Civil Veterinary Department Bihar & Orissa reports 1911-21 - 1911-1921
Year: 1911
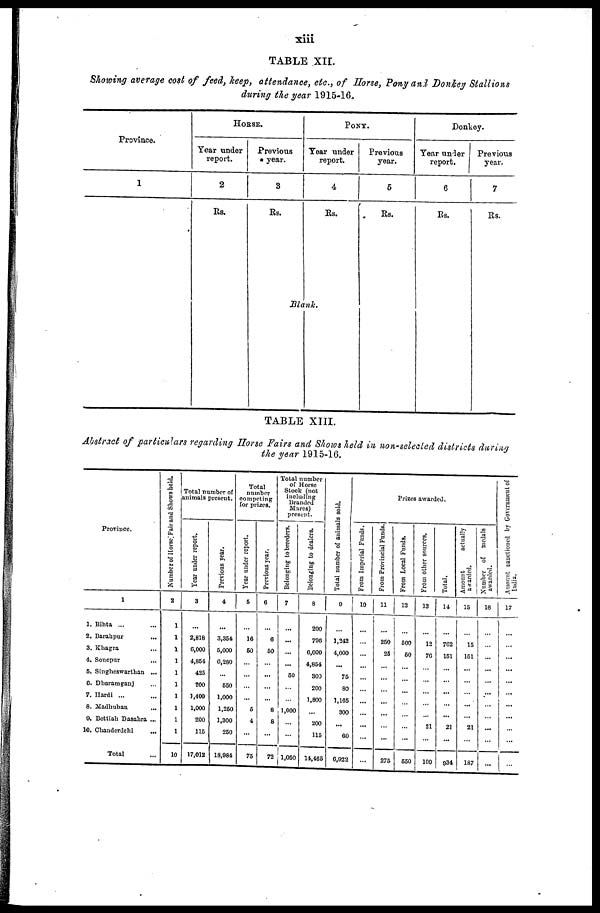
xiii
TABLE XII.
Showing average cost of feed, keep, attendance, etc., of Horse, Pony and Donkey Stallions
during the year 1915-16.
Province.
1
HORSE.
Year under
report.
2
Rs.
Previous
year.
3
Rs.
PONY.
Year under
report.
4
Rs.
Blank.
Previous
year.
5
Rs.
I
Donkey.
Year under
report.
6
Rs.
Previous
year.
7
Rs.
TABLE XIII.
Abstract of particulars regarding Horse Fairs and Shows held in non-selected districts during
the year 1915-16.
Province.
1
1. Bihta ... ...
2.
Barahpur
...
3. Khagra ...
4. Sonepur ...
6. Singheswarthan ...
0. Dharamganj ...
7. Hardi ... ...
8. Madhuban ...
9. Bettiah Dasahra ...
10. Chanderdehi ...
Total
Number
of Horse Fair and Shows held.
1
2
...
1
1
1
1
1
1
1
1
1
10
Total number of
animals present.
Year under report.
3
...
2,818
6,000
4,851
425
200
1,400
1,000
200
115
17,012
Previous year.
4
...
3,354
5,000
6,280
...
650
1,000
1,260
1,300
250
13,981
Total
number
competing
for prizes.
Year under report.
6
...
16
60
...
...
...
...
5
4
...
75
Previous year.
0
...
0
50
...
...
...
...
8
8
...
72
Total number |
of Horse
Stock (not
including
Branded
Mares)
present.
Belonging to breeders.
7
...
...
...
...
60
...
... ...
1,000
...
...
1,050
Belonging to dealers.
8
200
700
6,000
4,854
300
200
1,800
...
200
115
14,405
Total number of animals sold.
0
...
1,242
4,000
...
75
80
1,105
300
...
60
6,022
From Imperial Funds.
10
...
...
...
...
...
...
...
...
...
...
...
From Provincial Funds.
11
...
250
25
...
...
...
...
...
...
...
275
Prizes awarded.
From Local Funds,
12
...
500
50
...
......
...
...
...
...
...
550
From other sources.
13
...
12
70
...
...
...
...
...
21
...
100
Total.
14
...
| 7C2
151
...
...
...
...
...
21
...
934
Amount
actually
awarded.
15
...
15
151
...
...
...
...
......
21
...
187
Number of medals
awarded.
16
...
...
...
...
...
...
...
...
...
...
...
Amount sanctioned by Government of
India.
17
...
...
...
...
...
...
...
...
...
...